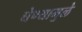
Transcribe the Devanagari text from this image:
घेण्यामुळे